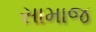
સામાજ